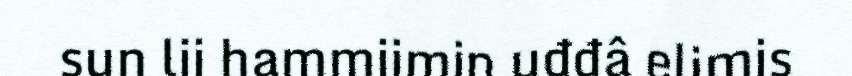
sun lii hammiimin uđđâ elimis